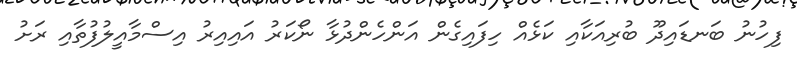
ފިހުނު ބަނޑައިދޫ ބުރިއަކާއި ކަޅެއް ހިފައިގެން އަންހެންދުޅާ ނޯކަރު އައިއިރު އިސްމާއީލުފުތާއި ރަށު